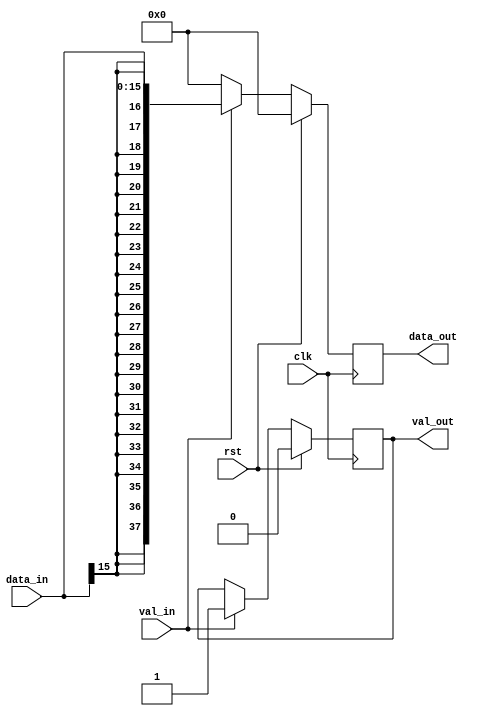
module R_INT
#(parameter Win = 16,
  parameter Wg = 22)
  (input signed [Win-1:0] data_in,
   input clk,
   input rst,
   input val_in,  					// Validation input
   output reg val_out,					// Validation output
   output reg signed [(Wg + Win - 1):0] data_out);

	//// Insertar la descripcin del modulo
  //// Modulo R_INT: Deja salir lo de la entrada cada 2000 muestras (val_in = 1), sino es 0.

always@(posedge clk)
    begin
    if (rst)
      begin
       data_out <= 0; 
       val_out <= 0;
       end
    else	
      if (val_in)
        begin
          data_out <= data_in;        
          val_out <= val_in;
        end   
      else
        begin
          data_out <= 0;
          val_out <= val_out;
        end 
  end

endmodule